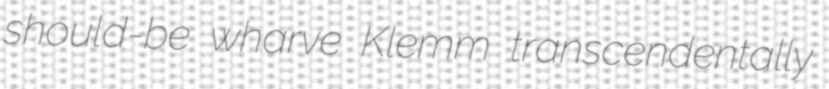
should-be wharve Klemm transcendentally